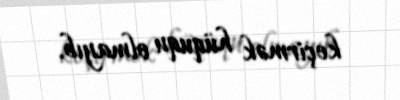
keçirmək hüququ olmayıb.